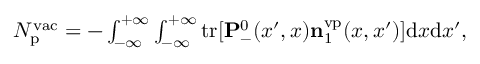
\begin{array} { r } { N _ { \mathrm { p } } ^ { \mathrm { v a c } } = - \int _ { - \infty } ^ { + \infty } \int _ { - \infty } ^ { + \infty } \ensuremath { \mathrm { t r } } [ \ensuremath { \mathbf { P } } _ { - } ^ { 0 } ( x ^ { \prime } , x ) \ensuremath { \mathbf { n } } _ { 1 } ^ { \mathrm { v p } } ( x , x ^ { \prime } ) ] \ensuremath { \mathrm { d } } x \ensuremath { \mathrm { d } } x ^ { \prime } , } \end{array}